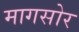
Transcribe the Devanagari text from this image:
मागसोर